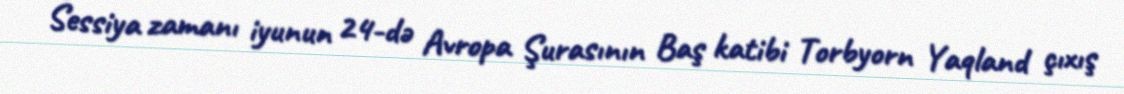
Sessiya zamanı iyunun 24-də Avropa Şurasının Baş katibi Torbyorn Yaqland çıxış